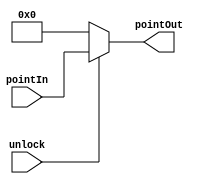
module OutPoint(unlock,pointIn,pointOut);
input unlock;
input [0:5] pointIn;

output reg [0:5] pointOut;
always@(*) begin
	if(unlock)
		pointOut <= pointIn;
	else
		pointOut <= 0;

end


endmodule